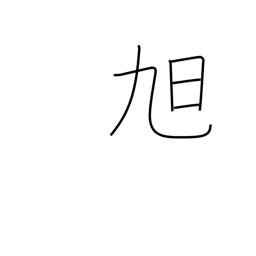
Meaning: morning sun